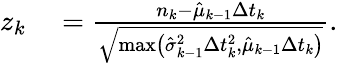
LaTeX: \begin{array}{rl}{z_{k}}&{{}=\frac{n_{k}-\hat{\mu}_{k-1}\Delta t_{k}}{\sqrt{\operatorname*{max}\left(\hat{\sigma}_{k-1}^{2}\Delta t_{k}^{2},\hat{\mu}_{k-1}\Delta t_{k}\right)}}.}\end{array}